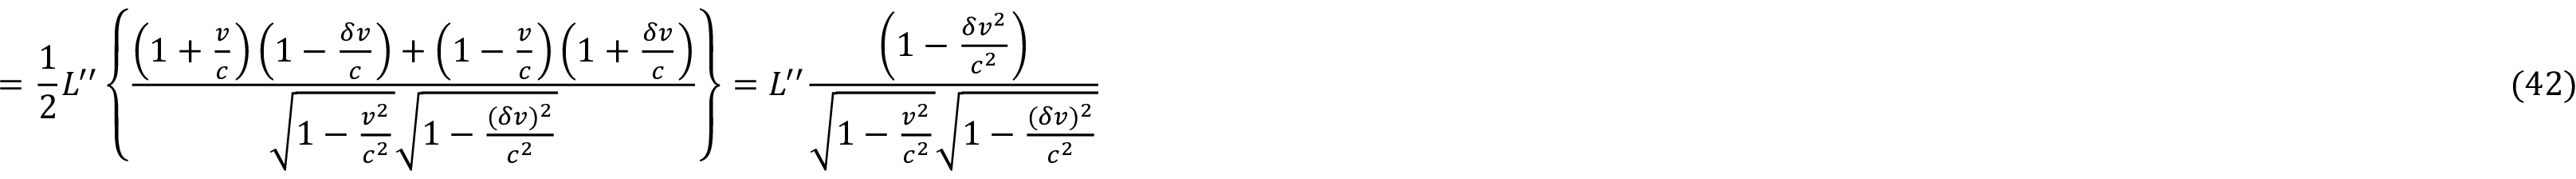
= { \frac { 1 } { 2 } } L ^ { \prime \prime } \left\{ \frac { \left( 1 + \frac { v } { c } \right) \left( 1 - \frac { \delta v } { c } \right) + \left( 1 - \frac { v } { c } \right) \left( 1 + \frac { \delta v } { c } \right) } { \sqrt { 1 - \frac { v ^ { 2 } } { c ^ { 2 } } } \sqrt { 1 - \frac { ( \delta v ) ^ { 2 } } { c ^ { 2 } } } } \right\} = L ^ { \prime \prime } \frac { \left( 1 - \frac { \delta v ^ { 2 } } { c ^ { 2 } } \right) } { \sqrt { 1 - \frac { v ^ { 2 } } { c ^ { 2 } } } \sqrt { 1 - \frac { ( \delta v ) ^ { 2 } } { c ^ { 2 } } } } \eqno ( 4 2 )